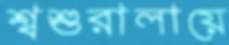
শ্বশুরালায়ে